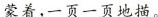
蒙着，一页一页地描。